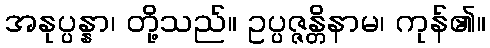
အနုပ္ပန္နာ၊ တို့သည်။ ဥပ္ပဇ္ဇန္တိနာမ၊ ကုန်၏။